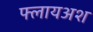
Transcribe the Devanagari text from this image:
फ्लायअश